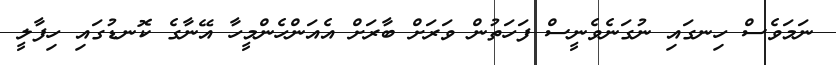
ނަމަވެސް ހިނގައި ނުގަނެވެނީސް ފަހަތުން ވަރަށް ބާރަށް އެއަންހެންމީހާ އޭނާގެ ކޮނޑުގައި ހިފާލީ